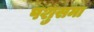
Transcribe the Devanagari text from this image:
पशुसमा